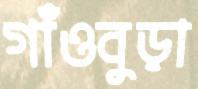
গাঁওবুড়া